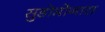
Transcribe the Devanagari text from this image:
सुडोमोनास